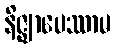
နိဇ္ဈာပေဿာမ